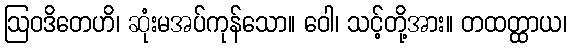
ဩဝဒိတေဟိ၊ ဆုံးမအပ်ကုန်သော။ ဝေါ၊ သင့်တို့အား။ တထတ္ထာယ၊